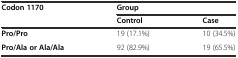
<table><thead><tr><td rowspan="2"><b>Codon 1170</b></td><td colspan="2"><b>Group</b></td></tr><tr><td><b>Control</b></td><td><b>Case</b></td></tr></thead><tbody><tr><td><b>Pro/Pro</b></td><td>19 (17.1%)</td><td>10 (34.5%)</td></tr><tr><td><b>Pro/Ala or Ala/Ala</b></td><td>92 (82.9%)</td><td>19 (65.5%)</td></tr></tbody></table>